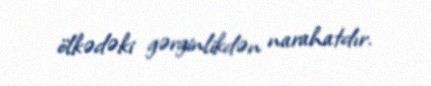
ölkədəki gərginlikdən narahatdır.